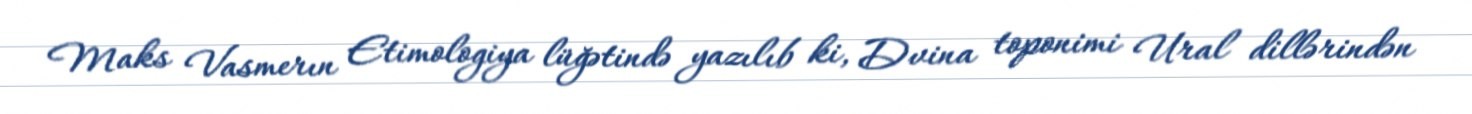
Maks Vasmerın Etimologiya lüğətində yazılıb ki, Dvina toponimi Ural dillərindən